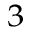
_ 3